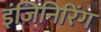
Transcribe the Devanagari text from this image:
इंजिनिरिंग